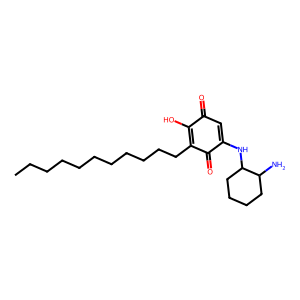
SMILES: CCCCCCCCCCCC1=C(O)C(=O)C=C(NC2CCCCC2N)C1=O
Inhibits HIV replication: No